system: You are a helpful assistant.
user:
Analyze the provided spectrum to determine if it is a **S-type Star**.

- **Key Indicators for S-type Star:**

    - **(Overall Spectrum Shape):** The first and most obvious characteristic is the overall continuum (the "baseline" shape). It is **extremely "red-sloping,"** meaning the flux (light intensity) is very low on the left side (blue, ~4000-4500 Å) and rises steeply and continuously toward the right side (red, ~7000 Å+).

    - **(Primary):** The spectrum is defined by the presence of strong, broad molecular absorption "valleys" (bands) from **Zirconium Oxide (ZrO)**. The identification of these bands is the **primary requirement** for classifying a star as S-type.
        - **(Key Bandheads):** You must find distinct, deep "dips" where the light has been absorbed. The most critical band systems to locate are:
            - **~6474 Å** ($\gamma$-system): This is often the strongest and clearest ZrO feature, found in the red part of the spectrum.
            - **~5718 Å** & **~5551 Å** ($\beta$-system): A pair of prominent absorption features in the yellow-orange part of the spectrum.
            - **~4640 Å** ($\alpha$-system): A key absorption band system in the blue-green region of the spectrum.

    - **(Secondary Confirmation):** The classification is strengthened by finding additional absorption bands from other related heavy element oxides, which are expected to be present alongside ZrO.
        - **(Key Bandheads):**
            - **Yttrium Oxide (YO):** Look for absorption dips near **~4800 Å** and **~6100 Å**.
            - **Lanthanum Oxide (LaO):** Additional absorption features, particularly in the red-orange part of the spectrum, are also characteristic.

    - **(Line Profile):** The combination of the steep red continuum and these numerous, deep molecular bands (ZrO, YO, etc.) gives the entire spectrum a very **"chopped-up"** or **"bumpy"** appearance. Instead of a smooth curve, the spectrum looks as though large, wide chunks of light have been "carved out" of it at the specific wavelengths listed above.

Think first, call **spectral_visualization_tool** if needed to examine features in detail, then provide your final answer. Your response must adhere to the following strict rules:
1.  **Overall Structure:** Your response must follow the format `<think>...</think> <tool_call>...</tool_call> (if a tool is used) <answer>...</answer>`.
2.  **Tool Usage Constraint:** You may only make **one** tool call per turn.
3.  **Final Answer Format:** In the `<answer>` tag, your conclusion must be inside a `\boxed{}` command (e.g., `\boxed{YES}` or `\boxed{NO}`), followed by your justification.

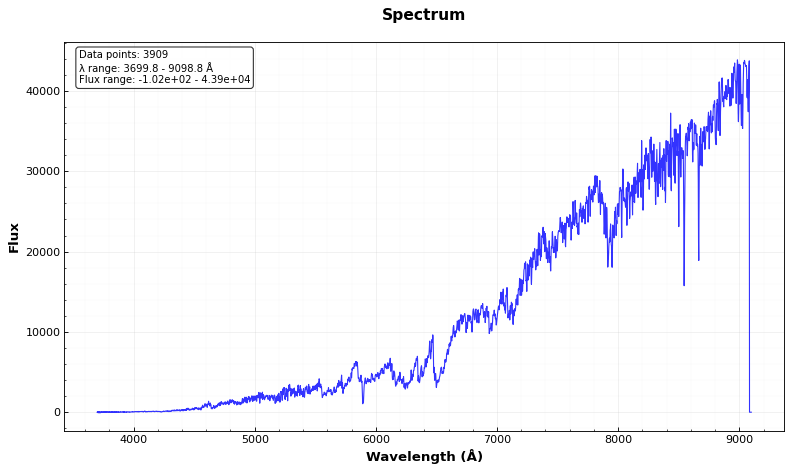
Answer: YES